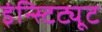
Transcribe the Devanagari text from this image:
इंन्स्टिट्यूट